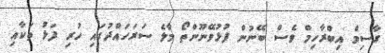
ގާސިމް އިބްރާހިމް ވެސް ބޭނުން ފުޅުވޭނޫންތޯ މާލެ ސަރަހައްދުގައި ހުރި ފަޅު ތަކާއި